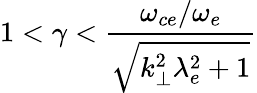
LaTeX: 1<\gamma<\frac{\omega_{ce}/\omega_{e}}{\sqrt{k_{\perp}^{2}\lambda_{e}^{2}+1}}